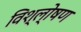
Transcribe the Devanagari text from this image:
विश्ल्‍ोषण